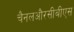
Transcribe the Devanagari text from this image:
चैनलऔरसीबीएस